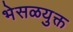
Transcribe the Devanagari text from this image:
भेसळयुक्त